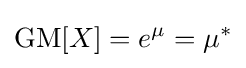
\operatorname {GM} [X]=e^{\mu }=\mu ^{*}